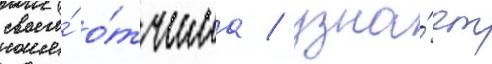
своего́ о́тчима / узна́ет